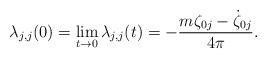
LaTeX: \begin{align*}\lambda_{j,j}(0)=\lim_{t \to 0}\lambda_{j,j}(t)=-\frac{m\zeta_{0j}-\dot\zeta_{0j}}{4\pi}.\end{align*}